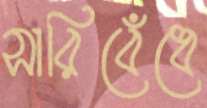
সারিবেঁধে